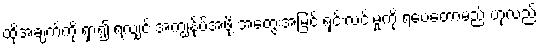
ထိုအချက်ကို ရှာ၍ ရလျှင် အကျွန်ုပ်အဖို့ အတွေးအမြင် ရှင်းလင်းမှုကို ရပေတော့မည် ဟုလည်း